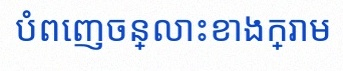
បំពេញចន្លោះខាងក្រោម